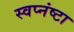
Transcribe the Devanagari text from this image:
स्वप्नंष्टा